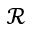
\mathcal { R }